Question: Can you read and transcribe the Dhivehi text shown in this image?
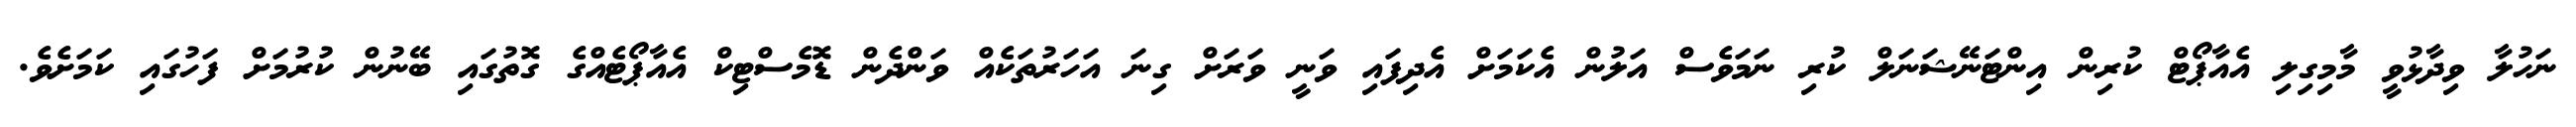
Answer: ނަހުލާ ވިދާޅުވީ މާމިގިލި އެއާޕޯޓް ކުރިން އިންޓަނޭޝަނަލް ކުރި ނަމަވެސް އަލުން އެކަމަށް އެދިފައި ވަނީ ވަރަށް ގިނަ އަހަރުތަކެއް ވަންދެން ޑޮމެސްޓިކް އެއާޕޯޓެއްގެ ގޮތުގައި ބޭނުން ކުރުމަށް ފަހުގައި ކަމަށެވެ.